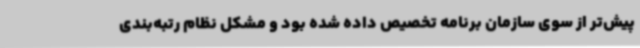
پیش‌تر از سوی سازمان برنامه تخصیص داده شده بود و مشکل نظام رتبه‌بندی